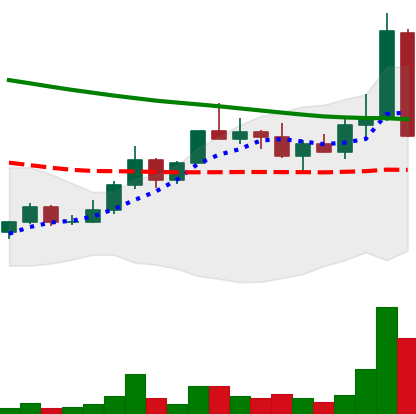
Ticker: DOGE-USD
Chart end date: 2022-04-06
Forward return: -6.11%
Label: down_5_7